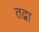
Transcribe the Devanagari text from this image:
तद्वा